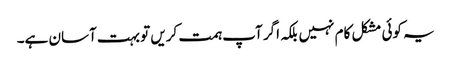
یہ کوئی مشکل کام نہیں بلکہ اگر آپ ہمت کریں تو بہت آسان ہے۔